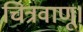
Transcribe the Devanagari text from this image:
चित्रवाणू।